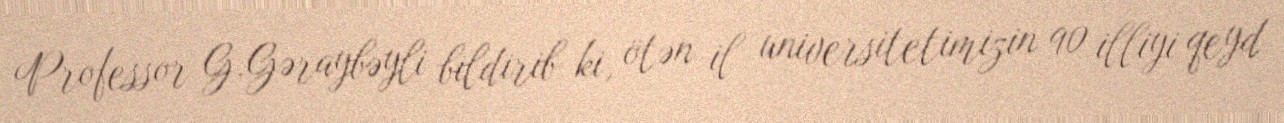
Professor G.Gəraybəyli bildirib ki, ötən il universitetimizin 90 illiyi qeyd